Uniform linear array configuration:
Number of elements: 16
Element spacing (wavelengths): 0.5
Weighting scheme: exponential
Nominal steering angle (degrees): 0
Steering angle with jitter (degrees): -1.34
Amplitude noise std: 0.05
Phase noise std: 0.05

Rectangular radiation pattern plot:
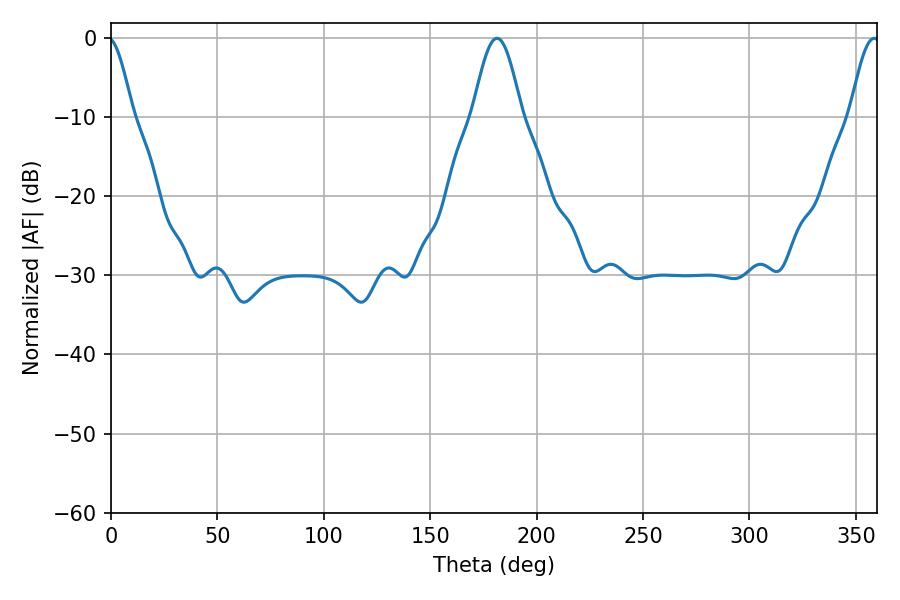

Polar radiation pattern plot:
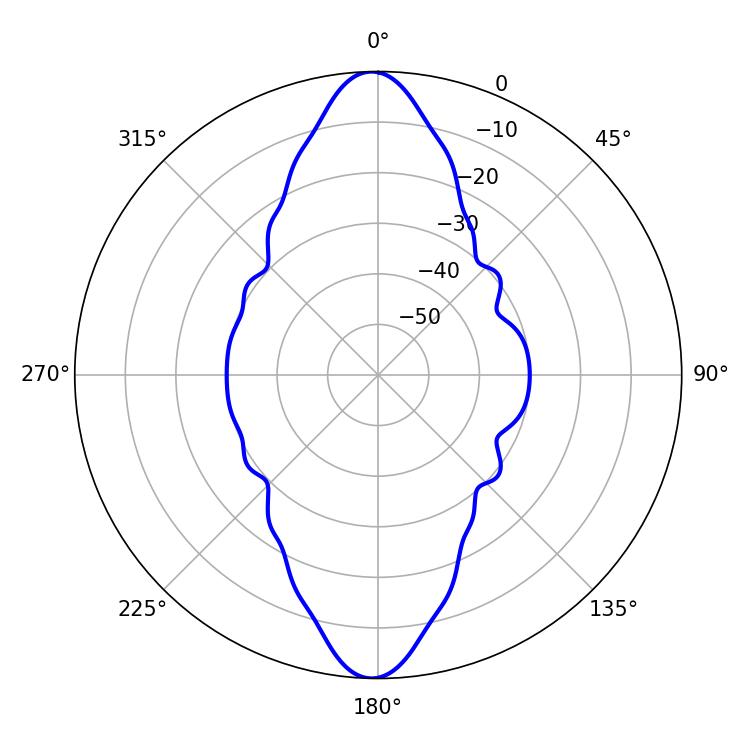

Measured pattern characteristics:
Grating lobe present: FALSE
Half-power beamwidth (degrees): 7.56
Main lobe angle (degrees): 358.56